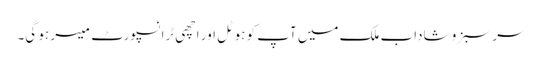
سر سبز و شاداب ملک میں آپ کو ہوٹل اور اچھی ٹرانسپورٹ میسر ہو گی۔